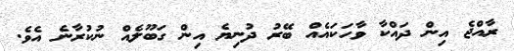
ރާއްޖެ އިން ދައްކާ ވާހަކައެއް ބޭރު ދުނިޔެ އިން ގަބޫލެއް ނުކުރާނެ އެވެ.